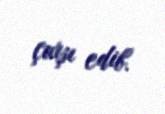
çıxışı edib.